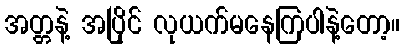
အတ္တနဲ့ အပြိုင် လုယက်မနေကြပါနဲ့တော့။